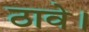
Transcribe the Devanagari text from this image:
ठावे।